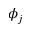
\phi _ { j }